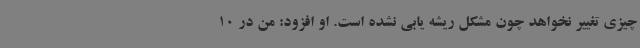
چیزی تغییر نخواهد چون مشکل ریشه یابی نشده است. او افزود: من در 10